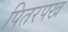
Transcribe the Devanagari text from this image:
पितरपख